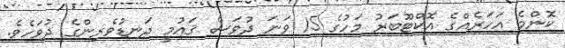
ކޮންމެ އަހަރެއްގެ އޮކްޓޫބަރު މަހުގެ 15 ވަނަ ދުވަސް ޤައުމީ ދަނޑުވެރިންގެ ދުވަހެވެ.